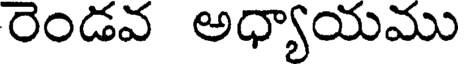
రెండవ అధ్యాయము